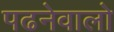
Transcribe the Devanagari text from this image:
पढनेवालो